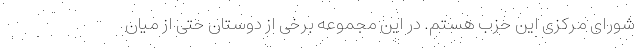
شورای مرکزی این حزب هستم. در این مجموعه برخی از دوستان حتی از میان